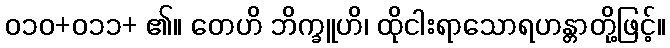
၀၁၀+၀၁၁+ ၏။ တေဟိ ဘိက္ခူဟိ၊ ထိုငါးရာသောရဟန္တာတို့ဖြင့်။